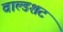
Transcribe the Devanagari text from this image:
वाल्डशट